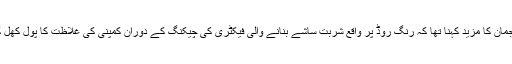
ترجمان کا مزید کہنا تھا کہ رنگ روڈ پر واقع شربت ساشے بنانے والی فیکٹری کی چیکنگ کے دوران کمپنی کی غلاظت کا پول کھل گیا۔